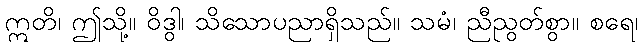
ဣတိ၊ ဤသို့။ ဝိဒွါ၊ သိသောပညာရှိသည်။ သမံ၊ ညီညွတ်စွာ။ စရေ၊